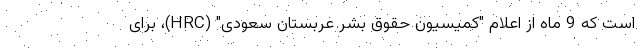
است که 9 ماه از اعلام "کمیسیون حقوق بشر عربستان سعودی" (HRC)، برای